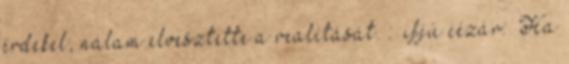
érdekel, nálam elvesztette a realitását. : ifjú cézár: “Ha